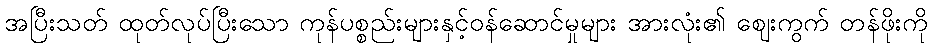
အပြီးသတ် ထုတ်လုပ်ပြီးသော ကုန်ပစ္စည်းများနှင့်ဝန်ဆောင်မှုများ အားလုံး၏ ဈေးကွက် တန်ဖိုးကို